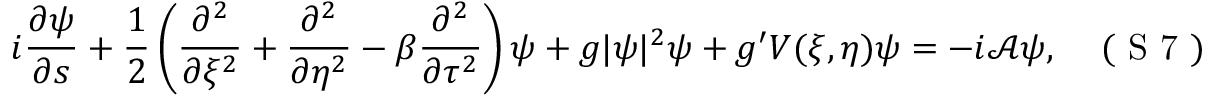
i \frac { \partial \psi } { \partial s } + \frac { 1 } { 2 } \left( \frac { \partial ^ { 2 } } { \partial \xi ^ { 2 } } + \frac { \partial ^ { 2 } } { \partial \eta ^ { 2 } } - \beta \frac { \partial ^ { 2 } } { \partial \tau ^ { 2 } } \right) \psi + g | \psi | ^ { 2 } \psi + g ^ { \prime } V ( \xi , \eta ) \psi = - i \mathcal { A } \psi , \eqno { ( \textrm { S 7 } ) }